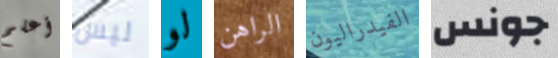
أعلم ليس لو الراهن الفيدراليون جونس